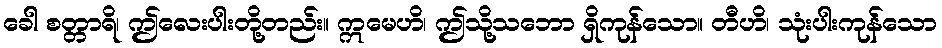
ခေါ စတ္တာရိ၊ ဤလေးပါးတို့တည်း။ ဣမေဟိ၊ ဤသို့သဘော ရှိကုန်သော။ တီဟိ၊ သုံးပါးကုန်သော